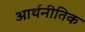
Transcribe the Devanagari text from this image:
आर्थनीतिक